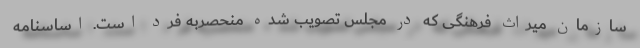
سازمان میراث فرهنگی که در مجلس تصویب شده منحصربه فرد است. اساسنامه